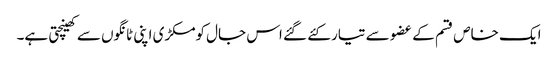
ایک خاص قسم کے عضو سے تیار کئے گئے اس جال کومکڑی اپنی ٹانگوں سے کھینچتی ہے۔